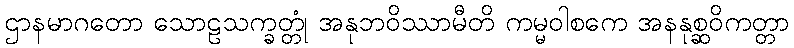
ဌာနမာဂတော သောဠသက္ခတ္တုံ အနုဘဝိဿာမီတိ ကမ္မဝါစကေ အနနုစ္ဆဝိကတ္တာ